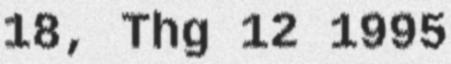
18, Thg 12 1995